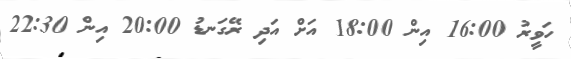
ހަވީރު 16:00 އިން 18:00 އަށް އަދި ރޭގަނޑު 20:00 އިން 22:30